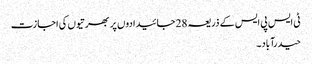
ٹی ایس پی ایس کے ذریعہ 28 جائیدادوں پر بھرتیوں کی اجازت
حیدرآباد۔